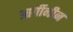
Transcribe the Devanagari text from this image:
आर्गीनीन